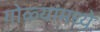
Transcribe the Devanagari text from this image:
गोळ्यांमध्ये